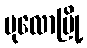
ပုလောမြို့